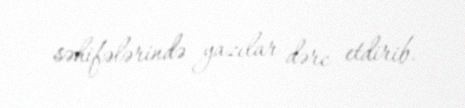
səhifələrində yazılar dərc etdirib.